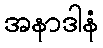
အနာဒါနံ